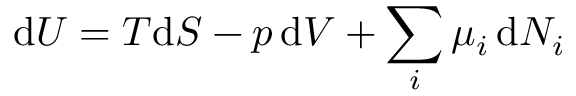
\mathrm { d } U = T \mathrm { d } S - p \, \mathrm { d } V + \sum _ { i } \mu _ { i } \, \mathrm { d } N _ { i }